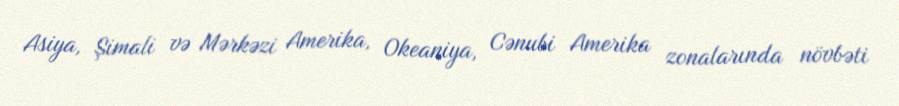
Asiya, Şimali və Mərkəzi Amerika, Okeaniya, Cənubi Amerika zonalarında növbəti